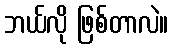
ဘယ်လို ဖြစ်တာလဲ။